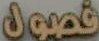
فصول